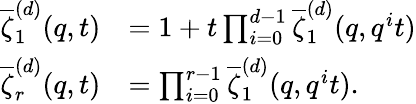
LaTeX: \begin{array}{rl}{\overline{\zeta}_{1}^{(d)}(q,t)}&{=1+t\prod_{i=0}^{d-1}\overline{\zeta}_{1}^{(d)}(q,q^{i}t)}\\ {\overline{\zeta}_{r}^{(d)}(q,t)}&{=\prod_{i=0}^{r-1}\overline{\zeta}_{1}^{(d)}(q,q^{i}t).}\end{array}